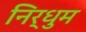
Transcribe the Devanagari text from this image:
निर्धुम